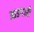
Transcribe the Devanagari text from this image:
आडगारी